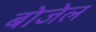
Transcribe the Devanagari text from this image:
बोजेल